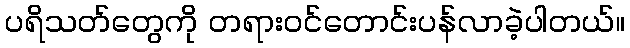
ပရိသတ်တွေကို တရားဝင်တောင်းပန်လာခဲ့ပါတယ်။